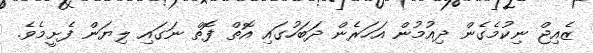
ޒެއިޖް ނިކުމެގެން ދިއުމުން އަހަރެން ދަބަހުގައި އޮތް ފޮތް ނަގައި ލިޔަން ފެށީމެވެ.